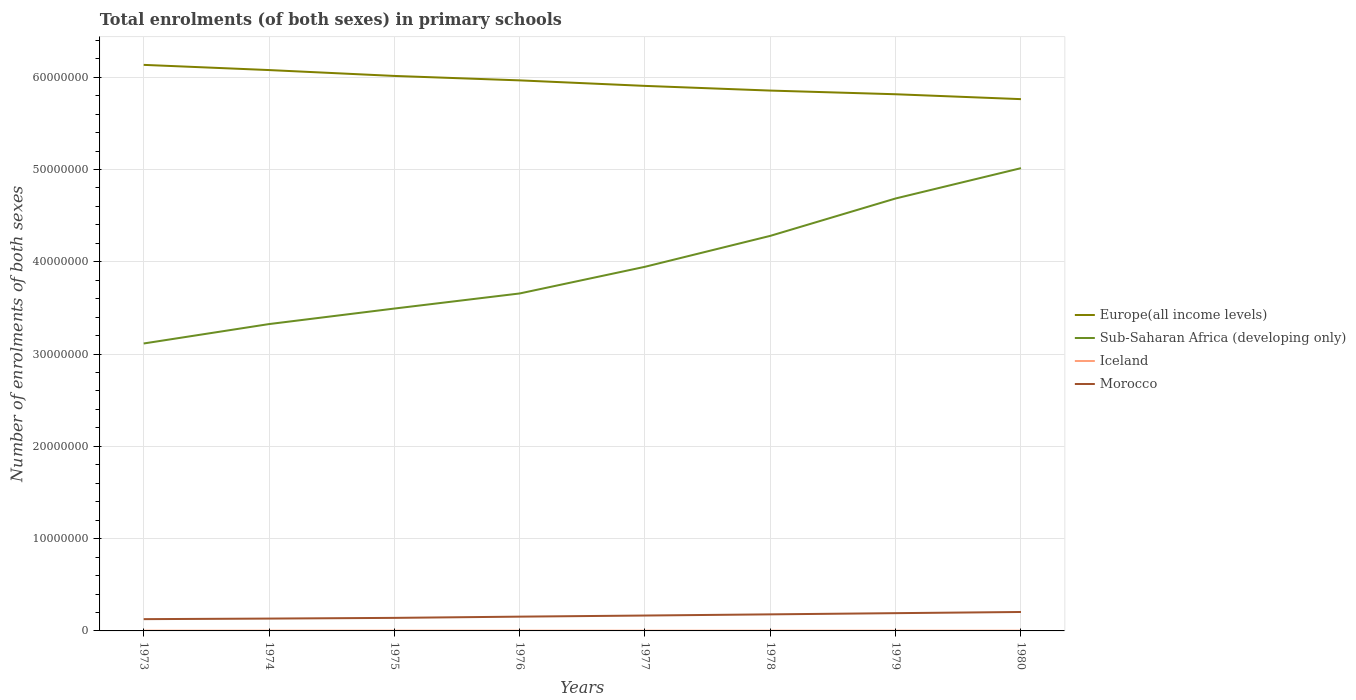
| Years | Europe(all income levels) | Sub-Saharan Africa (developing only) | Iceland | Morocco |
 | --- | --- | --- | --- | --- |
 | 1973 | 6.13e+07 | 3.11e+07 | 2.72e+04 | 1.28e+06 |
 | 1974 | 6.08e+07 | 3.32e+07 | 2.7e+04 | 1.34e+06 |
 | 1975 | 6.01e+07 | 3.49e+07 | 2.69e+04 | 1.41e+06 |
 | 1976 | 5.97e+07 | 3.66e+07 | 2.64e+04 | 1.55e+06 |
 | 1977 | 5.91e+07 | 3.95e+07 | 2.59e+04 | 1.67e+06 |
 | 1978 | 5.86e+07 | 4.28e+07 | 2.51e+04 | 1.79e+06 |
 | 1979 | 5.82e+07 | 4.69e+07 | 2.47e+04 | 1.93e+06 |
 | 1980 | 5.76e+07 | 5.01e+07 | 2.46e+04 | 2.05e+06 |